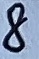
Text: 8